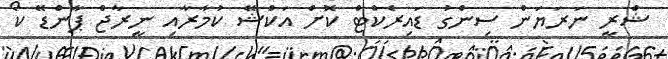
ޝްރީ ނަރަޔަން ސިންގު ޑައިރެކްޓް ކޮށް އަކްޝޭ ކުމާރާއި ނީރާޖް ޕާންޑޭ ކޯ